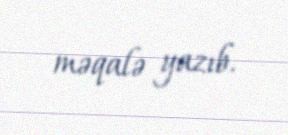
məqalə yazıb.